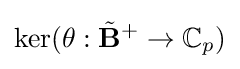
\ker(\theta :{\tilde {\mathbf {B} }}^{+}\to \mathbb {C} _{p})